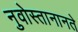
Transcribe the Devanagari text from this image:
नुवोस्तानानते